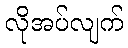
လိုအပ်လျက်